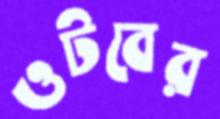
ওটবের